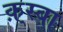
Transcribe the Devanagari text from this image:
क़्स्बा